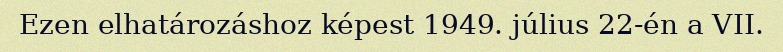
Ezen elhatározáshoz képest 1949. július 22-én a VII.